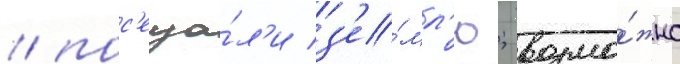
/ пос'еща́л'и з'е́мл'ю; возмо́жно